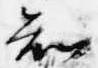
知